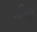
વીની